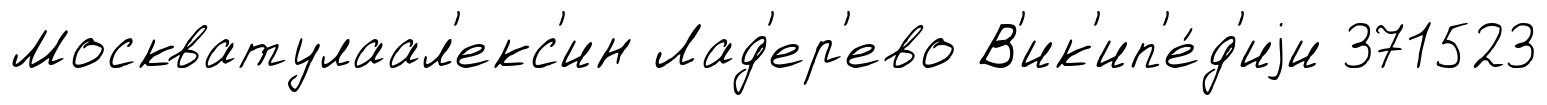
Москватулаал'екс'ин Лад'ер'ево В'ик'ип'е́д'иjи 371523